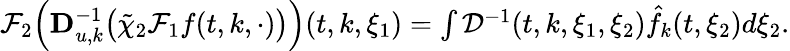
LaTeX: \begin{array}{r}{\mathcal{F}_{2}\Big(\mathbf{D}_{u,k}^{-1}\big(\tilde{\chi}_{2}\mathcal{F}_{1}f(t,k,\cdot)\big)\Big)(t,k,\xi_{1})=\int\mathcal{D}^{-1}(t,k,\xi_{1},\xi_{2})\hat{f}_{k}(t,\xi_{2})d\xi_{2}.}\end{array}